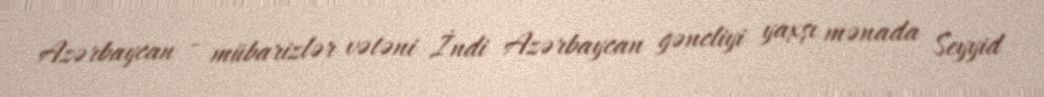
Azərbaycan - mübarizlər vətəni İndi Azərbaycan gəncliyi yaxşı mənada Seyyid